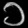
Digit: ၁